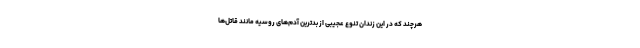
هرچند که در این زندان تنوع عجیبی از بدترین آدم‌های روسیه مانند قاتل‌ها